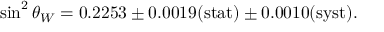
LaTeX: \sin ^ { 2 } \theta _ { W } = 0 . 2 2 5 3 \pm 0 . 0 0 1 9 \mathrm { ( s t a t ) } \pm 0 . 0 0 1 0 \mathrm { ( s y s t ) } .